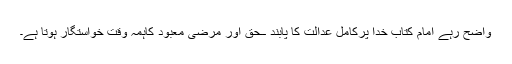
واضح رہے امام کتاب خدا پرکامل عدالت کا پابند ــحق اور مرضی معبود کاہمہ وقت خواستگار ہوتا ہے۔